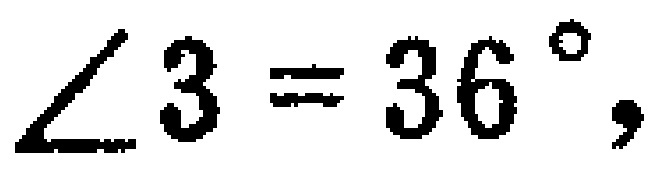
$\angle 3 = 36^{\circ},$